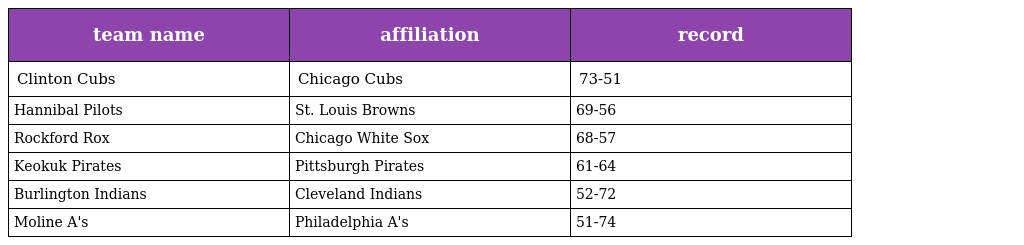
| team name | affiliation | record |
 | --- | --- | --- |
 | Clinton Cubs | Chicago Cubs | 73-51 |
 | Hannibal Pilots | St. Louis Browns | 69-56 |
 | Rockford Rox | Chicago White Sox | 68-57 |
 | Keokuk Pirates | Pittsburgh Pirates | 61-64 |
 | Burlington Indians | Cleveland Indians | 52-72 |
 | Moline A's | Philadelphia A's | 51-74 |